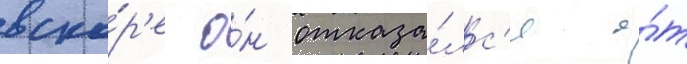
вско́р'е о́н отказа́лс'я о́т